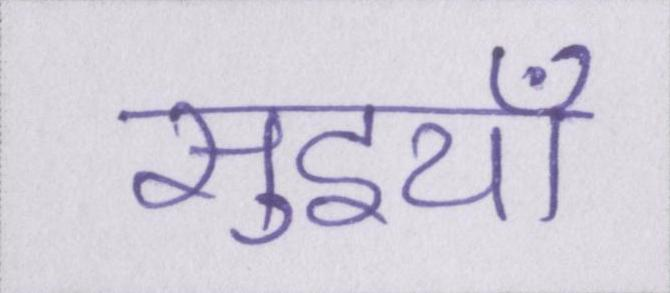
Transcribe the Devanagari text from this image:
सुइयाँ